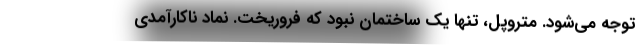
توجه می‌شود. متروپل، تنها یک ساختمان نبود که فروریخت. نماد ناکارآمدی